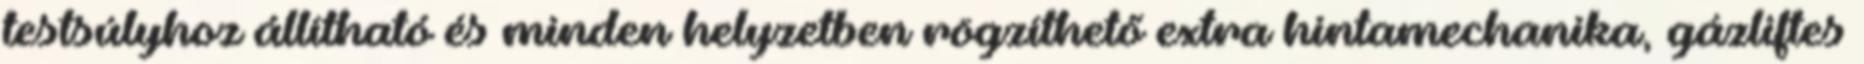
testsúlyhoz állítható és minden helyzetben rögzíthető extra hintamechanika, gázliftes